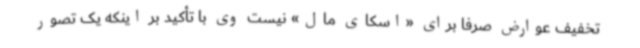
تخفیف عوارض صرفاً برای «اسکای مال» نیست وی با تأکید بر اینکه یک تصور